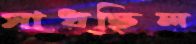
সাধছিল